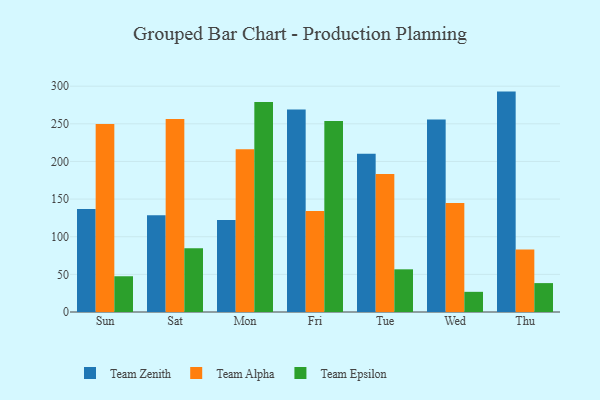
{"axis": {"x": "Day", "y": "Production Output"}, "legend": ["Team Alpha", "Team Epsilon", "Team Zenith"], "data": [{"x": "Sun", "y": 137.0, "type": "Team Zenith"}, {"x": "Sun", "y": 249.6, "type": "Team Alpha"}, {"x": "Sun", "y": 47.5, "type": "Team Epsilon"}, {"x": "Sat", "y": 128.6, "type": "Team Zenith"}, {"x": "Sat", "y": 256.5, "type": "Team Alpha"}, {"x": "Sat", "y": 84.7, "type": "Team Epsilon"}, {"x": "Mon", "y": 122.1, "type": "Team Zenith"}, {"x": "Mon", "y": 216.2, "type": "Team Alpha"}, {"x": "Mon", "y": 279.1, "type": "Team Epsilon"}, {"x": "Fri", "y": 269.1, "type": "Team Zenith"}, {"x": "Fri", "y": 134.1, "type": "Team Alpha"}, {"x": "Fri", "y": 253.9, "type": "Team Epsilon"}, {"x": "Tue", "y": 210.2, "type": "Team Zenith"}, {"x": "Tue", "y": 183.3, "type": "Team Alpha"}, {"x": "Tue", "y": 56.7, "type": "Team Epsilon"}, {"x": "Wed", "y": 255.7, "type": "Team Zenith"}, {"x": "Wed", "y": 144.8, "type": "Team Alpha"}, {"x": "Wed", "y": 26.8, "type": "Team Epsilon"}, {"x": "Thu", "y": 292.8, "type": "Team Zenith"}, {"x": "Thu", "y": 82.9, "type": "Team Alpha"}, {"x": "Thu", "y": 38.4, "type": "Team Epsilon"}]}